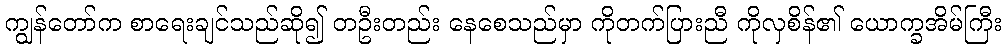
ကျွန်တော်က စာရေးချင်သည်ဆို၍ တဦးတည်း နေစေသည်မှာ ကိုတက်ပြားညီ ကိုလှစိန်၏ ယောက္ခအိမ်ကြီး